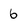
Character: 6